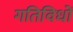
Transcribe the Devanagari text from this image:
गतिविधों